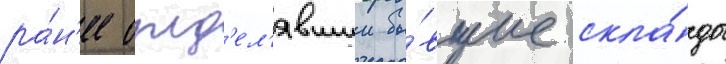
ра́н'ее отд'ел'явшии бы́вшие скла́ды